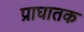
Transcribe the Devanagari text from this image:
प्राघातक